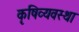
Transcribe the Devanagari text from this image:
कृषिव्‍यवस्था